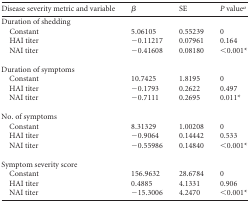
<table><thead><tr><td><b>Disease severity metric and variable</b></td><td><b>β</b></td><td><b>SE</b></td><td><b><i>P</i> value<sup>a</sup></b></td></tr></thead><tbody><tr><td>Duration of shedding</td><td></td><td></td><td></td></tr><tr><td>Constant</td><td>5.06105</td><td>0.55239</td><td>0</td></tr><tr><td>HAI titer</td><td>−0.11217</td><td>0.07961</td><td>0.164</td></tr><tr><td>NAI titer</td><td>−0.41608</td><td>0.08180</td><td>&lt;0.001*</td></tr><tr><td>Duration of symptoms</td><td></td><td></td><td></td></tr><tr><td>Constant</td><td>10.7425</td><td>1.8195</td><td>0</td></tr><tr><td>HAI titer</td><td>−0.1793</td><td>0.2622</td><td>0.497</td></tr><tr><td>NAI titer</td><td>−0.7111</td><td>0.2695</td><td>0.011*</td></tr><tr><td>No. of symptoms</td><td></td><td></td><td></td></tr><tr><td>Constant</td><td>8.31329</td><td>1.00208</td><td>0</td></tr><tr><td>HAI titer</td><td>−0.9064</td><td>0.14442</td><td>0.533</td></tr><tr><td>NAI titer</td><td>−0.55986</td><td>0.14840</td><td>&lt;0.001*</td></tr><tr><td>Symptom severity score</td><td></td><td></td><td></td></tr><tr><td>Constant</td><td>156.9632</td><td>28.6784</td><td>0</td></tr><tr><td>HAI titer</td><td>0.4885</td><td>4.1331</td><td>0.906</td></tr><tr><td>NAI titer</td><td>−15.3006</td><td>4.2470</td><td>&lt;0.001*</td></tr></tbody></table>